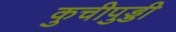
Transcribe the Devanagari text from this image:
कुचीपुड्डी